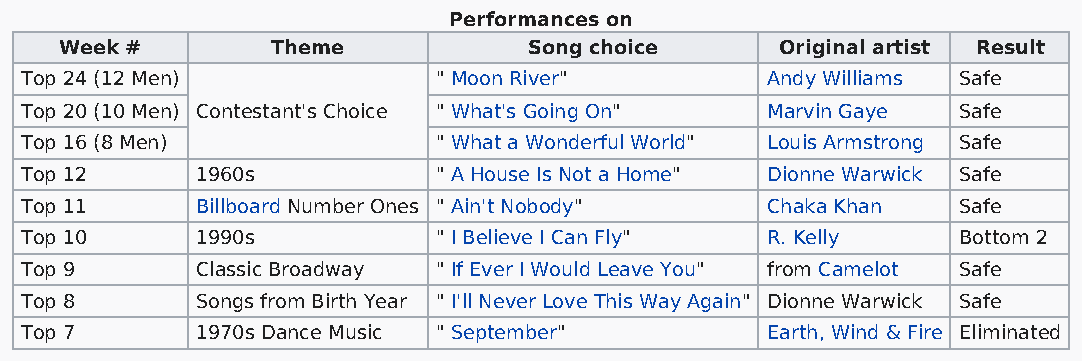
Performances on
 Week #        Theme            Song choice      Original artist Result
 Top 24 (12 Men)             " Moon River"         Andy Williams Safe
 Top 20 (10 Men) Contestant's Choice " What's Going On" Marvin Gaye Safe
 Top 16 (8 Men)              " What a Wonderful World" Louis Armstrong Safe
 Top 12      1960s           " A House Is Not a Home" Dionne Warwick Safe
 Top 11      Billboard Number Ones " Ain't Nobody" Chaka Khan  Safe
 Top 10      1990s           " I Believe I Can Fly" R. Kelly   Bottom 2
 Top 9       Classic Broadway " If Ever I Would Leave You" from Camelot Safe
 Top 8       Songs from Birth Year " I'll Never Love This Way Again" Dionne Warwick Safe
 Top 7       1970s Dance Music " September"        Earth, Wind & Fire Eliminated